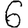
Digit: 6